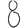
Digit: 8